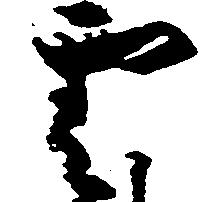
雲